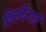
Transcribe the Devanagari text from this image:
किएर्केगार्द